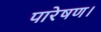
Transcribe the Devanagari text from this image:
पारेषण।